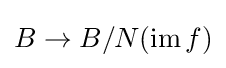
B\to B/N(\operatorname {im} f)